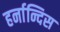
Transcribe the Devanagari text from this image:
हर्नान्दिस